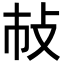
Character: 𢻵